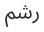
رشم